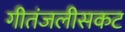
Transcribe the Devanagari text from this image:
गीतंजलीसकट